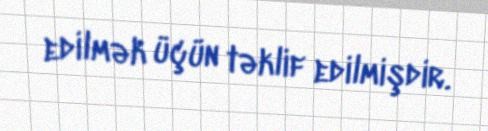
edilmək üçün təklif edilmişdir.